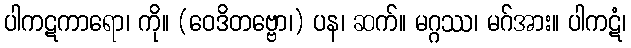
ပါကဋကာရော၊ ကို။ (ဝေဒိတဗ္ဗော၊) ပန၊ ဆက်။ မဂ္ဂဿ၊ မဂ်အား။ ပါကဋံ၊